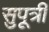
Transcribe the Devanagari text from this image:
सुपूत्री